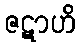
ဇဋာဟိ